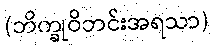
(ဘိက္ခုဝိဘင်းအရသာ)